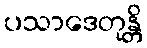
ပသာဒေတုန္တိ